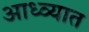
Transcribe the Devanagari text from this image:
आध्व्यात